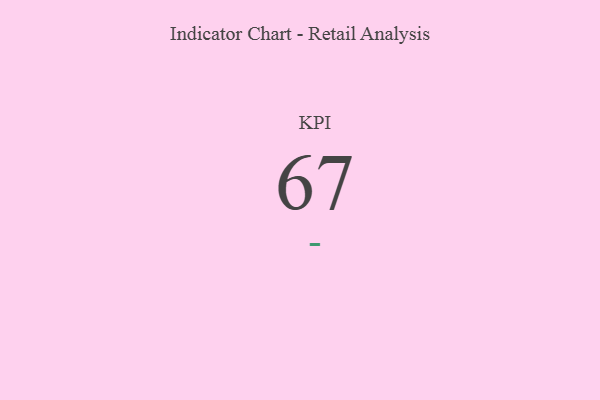
{"axis": {"x": "KPI", "y": "Value"}, "legend": [""], "data": [{"x": "KPI", "y": 67, "type": ""}]}